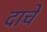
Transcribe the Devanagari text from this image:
दाचे